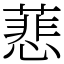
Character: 蕜